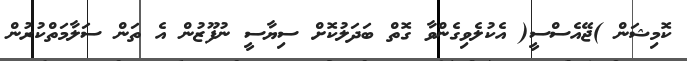
ކޮމިޝަން )ޖޭއެސްސީ( އެކުލެވިގެންވާ ގޮތް ބަދަލުކޮށް ސިޔާސީ ނުފޫޒުން އެ ތަން ސަލާމަތްކުރުން